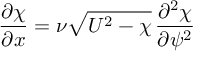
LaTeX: { \frac { \partial \chi } { \partial x } } = \nu { \sqrt { U ^ { 2 } - \chi } } \, { \frac { \partial ^ { 2 } \chi } { \partial \psi ^ { 2 } } }